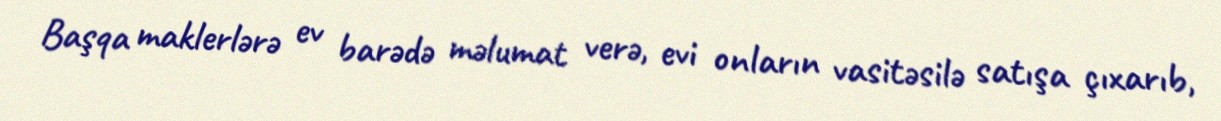
Başqa maklerlərə ev barədə məlumat verə, evi onların vasitəsilə satışa çıxarıb,